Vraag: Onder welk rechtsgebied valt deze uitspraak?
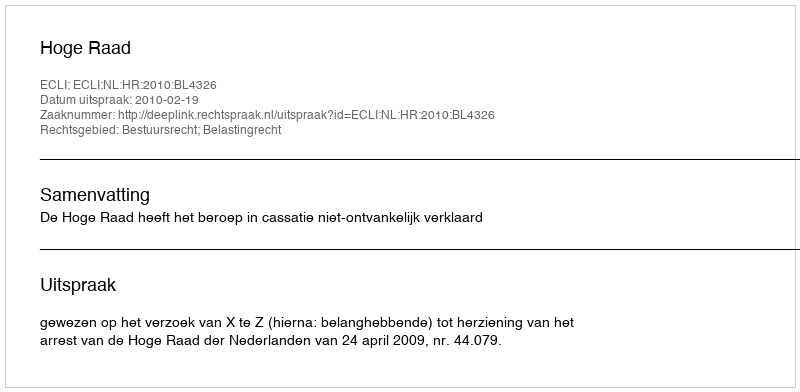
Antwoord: Bestuursrecht; Belastingrecht